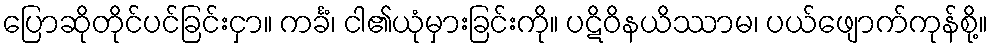
ပြောဆိုတိုင်ပင်ခြင်းငှာ။ ကင်္ခံ၊ ငါ၏ယုံမှားခြင်းကို။ ပဋိဝိနယိဿာမ၊ ပယ်ဖျောက်ကုန်စို့။